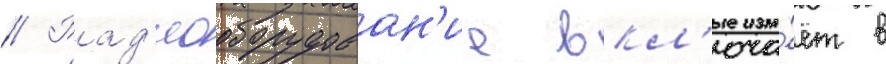
// Рад'иооборудован'ие вкл'юча́ет в